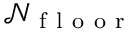
\mathcal { N } _ { \mathrm { ~ f ~ l ~ o ~ o ~ r ~ } }